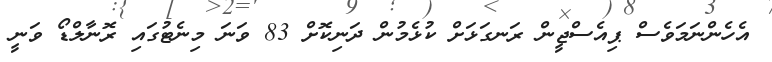
އެހެންނަމަވެސް ޕިއެސްޖީން ރަނގަޅަށް ކުޅެމުން ދަނިކޮށް 83 ވަނަ މިނެޓުގައި ރޮނާލްޑޯ ވަނީ